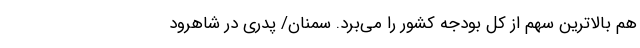
هم بالاترین سهم از کل بودجه کشور را می‌برد. سمنان/ پدری در شاهرود